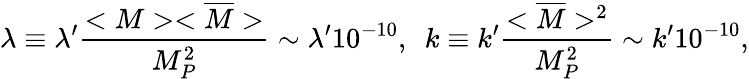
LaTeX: \lambda\equiv\lambda^{\prime}\frac{<M><\overline{{{M}}}>}{M_{P}^{2}}\sim\lambda^{\prime}10^{-10},\ \ k\equiv k^{\prime}\frac{<\overline{{{M}}}>^{2}}{M_{P}^{2}}\sim k^{\prime}10^{-10},